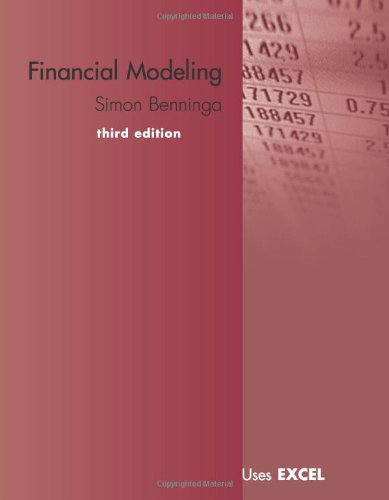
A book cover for Financial Modeling; Simon Benninga; Computers & Technology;